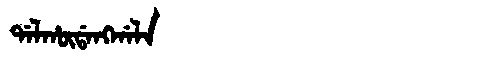
Manchu: ᡩᠠᠯᡥᡡᡩᠠᠩᡤᠠᠯᠠ
Romanization: DALHŪDANGGALA